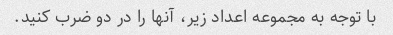
با توجه به مجموعه اعداد زیر، آنها را در دو ضرب کنید.